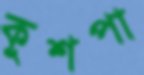
কুশপা